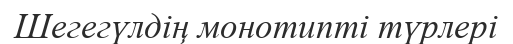
Шегегүлдің монотипті түрлері